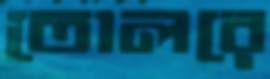
তোলরে